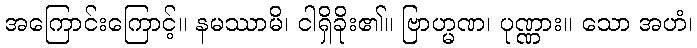
အကြောင်းကြောင့်။ နမဿာမိ၊ ငါရှိခိုး၏။ ဗြာဟ္မဏ၊ ပုဏ္ဏား။ သော အဟံ၊